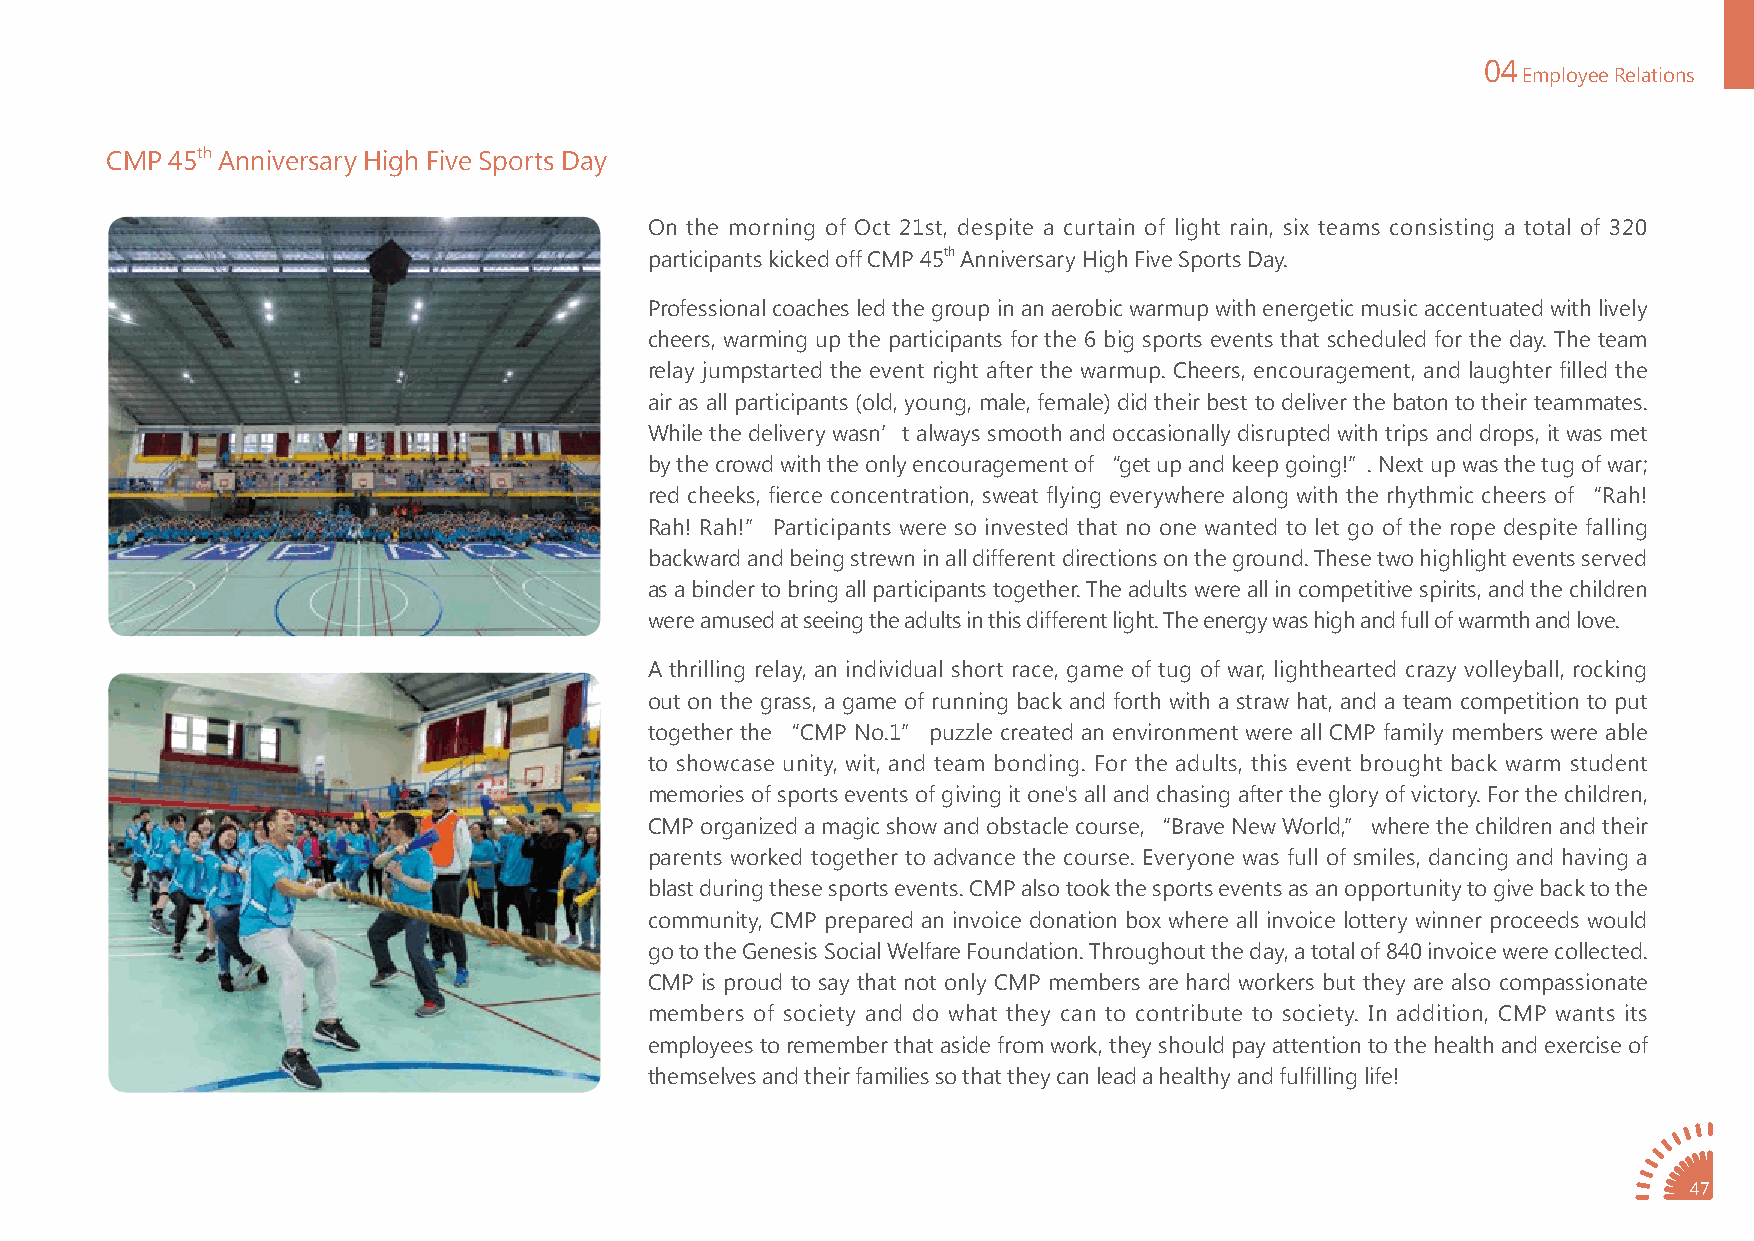
04
 Employee Relations
 CMP 45th Anniversary High Five Sports Day
 On the morning of Oct 21st, despite a curtain of light rain, six teams consisting a total of 320
 participants kicked off CMP 45th Anniversary High Five Sports Day.
 Professional coaches led the group in an aerobic warmup with energetic music accentuated with lively
 cheers, warming up the participants for the 6 big sports events that scheduled for the day. The team
 relay jumpstarted the event right after the warmup. Cheers, encouragement, and laughter filled the
 air as all participants (old, young, male, female) did their best to deliver the baton to their teammates.
 While the delivery wasn’t always smooth and occasionally disrupted with trips and drops, it was met
 by the crowd with the only encouragement of “get up and keep going!”. Next up was the tug of war;
 red cheeks, fierce concentration, sweat flying everywhere along with the rhythmic cheers of “Rah!
 Rah! Rah!” Participants were so invested that no one wanted to let go of the rope despite falling
 backward and being strewn in all different directions on the ground. These two highlight events served
 as a binder to bring all participants together. The adults were all in competitive spirits, and the children
 were amused at seeing the adults in this different light. The energy was high and full of warmth and love.
 A thrilling relay, an individual short race, game of tug of war, lighthearted crazy volleyball, rocking
 out on the grass, a game of running back and forth with a straw hat, and a team competition to put
 together the “CMP No.1” puzzle created an environment were all CMP family members were able
 to showcase unity, wit, and team bonding. For the adults, this event brought back warm student
 memories of sports events of giving it one's all and chasing after the glory of victory. For the children,
 CMP organized a magic show and obstacle course, “Brave New World,” where the children and their
 parents worked together to advance the course. Everyone was full of smiles, dancing and having a
 blast during these sports events. CMP also took the sports events as an opportunity to give back to the
 community, CMP prepared an invoice donation box where all invoice lottery winner proceeds would
 go to the Genesis Social Welfare Foundation. Throughout the day, a total of 840 invoice were collected.
 CMP is proud to say that not only CMP members are hard workers but they are also compassionate
 members of society and do what they can to contribute to society. In addition, CMP wants its
 employees to remember that aside from work, they should pay attention to the health and exercise of
 themselves and their families so that they can lead a healthy and fulfilling life!
 47